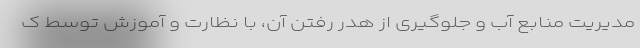
مدیریت منابع آب و جلوگیری از هدر رفتن آن، با نظارت و آموزش توسط ک